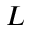
\cal L